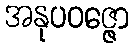
အနုပဝဇ္ဇော